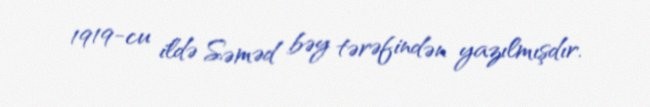
1919-cu ildə Səməd bəy tərəfindən yazılmışdır.